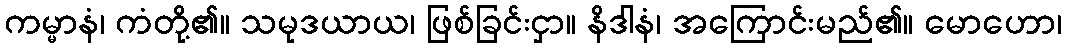
ကမ္မာနံ၊ ကံတို့၏။ သမုဒယာယ၊ ဖြစ်ခြင်းငှာ။ နိဒါနံ၊ အကြောင်းမည်၏။ မောဟော၊